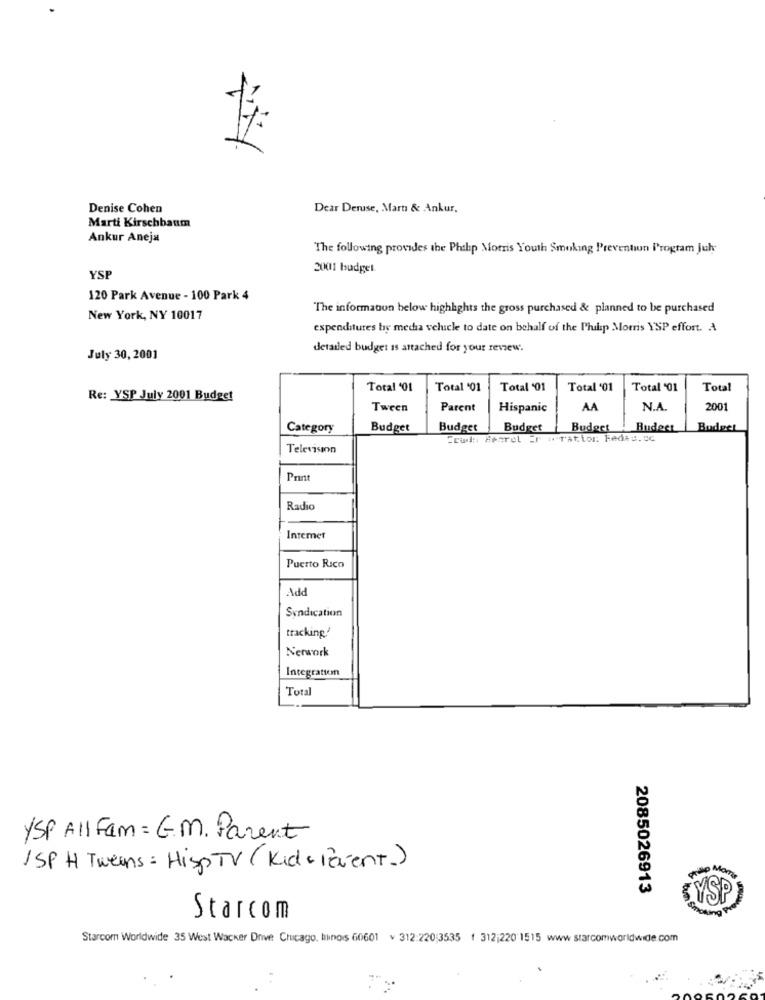
Denise Cohen
Dear Deruse, Martı & Ankur,
Marti Kirschbaum
Ankur Aneja
The following provides the Phihp Morris Youth Smoking Prevention Program Juh
2001 budget
YSP
120 Park Avenue - 100 Park 4
The information below highhghts the gross purchased & planned to be purchased
New York, NY 10017
expenditures by media velucle to date on behalf of the Philip Morris YSP effort. A
detailed budget is attached for your review.
July 30, 2001
Total '01
Total '01
Total '01
Total '01
Total '01
Total
Re: YSP July 2001 Budget
Tween
Parent
Hispanic
AA
N.A.
2001
Category
Budget
Budget
Budget
Budget Budect
Budget
Crud :, Bearel Er :ration: Fedic.0c
Television
Print
Radio
Intemet
Puerto Rico
Add
Syndication
tracking!
Nerwork
Integration
Total
/SP All Fam = G.M. Parent
ISP H Tweens = Hisp TV (Kids levent.)
Preto Mon
2085026913
KYSP
Smoking
Starcom
Starcom Worldwide 35 West Wacker Drive Chicago, linois 60601 v 312:220;3535 ( 312;220'1515 www .starcomworldwide.com